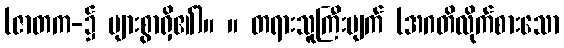
(ဇာတက-၌ များစွာရှိ၏)။ ။ တရားသူကြီးပျက် (အဂတိလိုက်စားသော